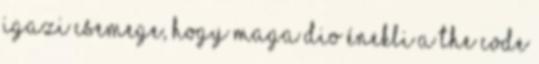
Igazi csemege, hogy maga Dio énekli a The Code